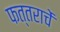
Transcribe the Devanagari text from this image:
फत्तराचें